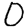
Digit: 0